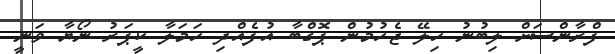
ފްރާންސަށް ލިބުނު ހިލޭ ޖެހުމުން ޕޮގްބާ އުފެއްދި ހަމަލާ ކީޕަރު ނޯޔާ ވަނީ